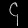
Digit: ၄